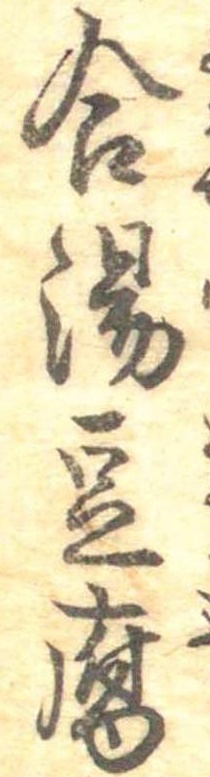
合湯豆腐